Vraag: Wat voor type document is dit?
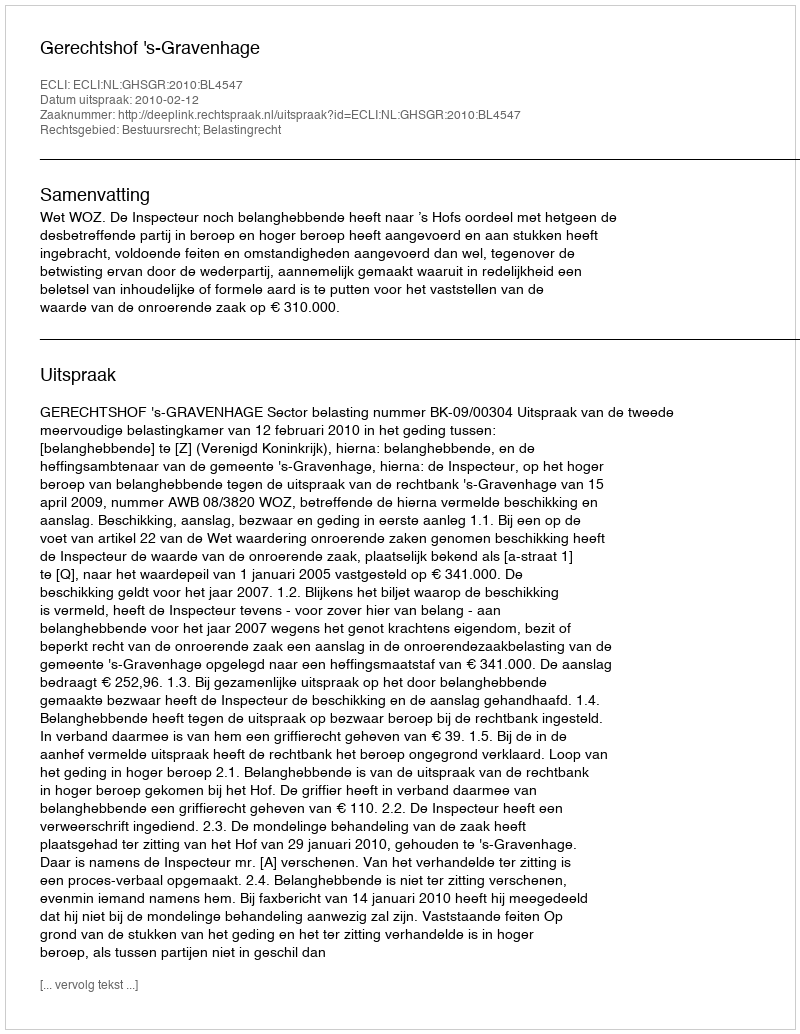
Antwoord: Uitspraak